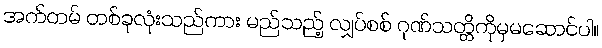
အက်တမ် တစ်ခုလုံးသည်ကား မည်သည့် လျှပ်စစ် ဂုဏ်သတ္တိကိုမှမဆောင်ပါ။